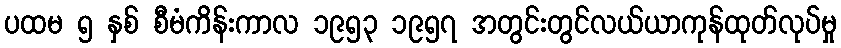
ပထမ ၅ နှစ် စီမံကိန်းကာလ ၁၉၅၃ ၁၉၅၇ အတွင်းတွင်လယ်ယာကုန်ထုတ်လုပ်မှု